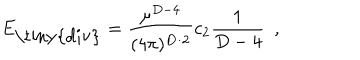
E _ { \mathrm { \tiny { d i v } } } = { \frac { \mu ^ { D - 4 } } { ( 4 \pi ) ^ { D / 2 } } } c _ { 2 } { \frac { 1 } { D - 4 } } ~ ~ ,